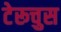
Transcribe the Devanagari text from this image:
टेरूचुस